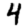
Digit: 4